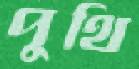
পুথি